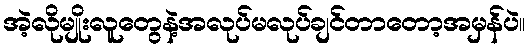
အဲ့လိုမျိုးလူတွေနဲ့အလုပ်မလုပ်ချင်တာတော့အမှန်ပဲ။